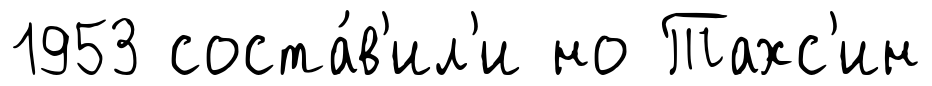
1953 соста́в'ил'и но Тахс'ин